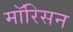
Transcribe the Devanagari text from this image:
मॉरिसन